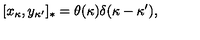
[ x _ { \kappa } , y _ { \kappa ^ { \prime } } ] _ { * } = \theta ( \kappa ) \delta ( \kappa - \kappa ^ { \prime } ) ,